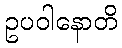
ဥပဝါနောတိ